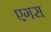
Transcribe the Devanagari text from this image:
एगस